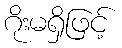
ဂိုးမရှိဖြင့်